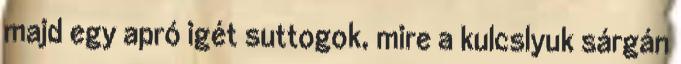
majd egy apró igét suttogok, mire a kulcslyuk sárgán